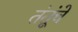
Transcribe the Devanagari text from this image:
तंतूंचे